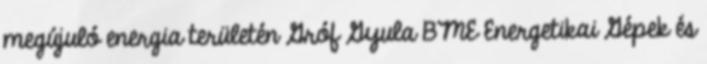
megújuló energia területén Gróf Gyula BME Energetikai Gépek és